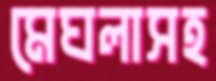
মেঘলাসহ